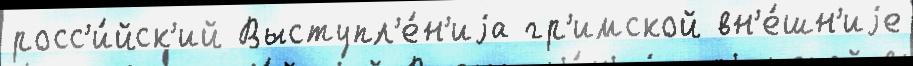
росс'и́йск'ий Выступл'е́н'иjа гр'имской вн'е́шн'иjе